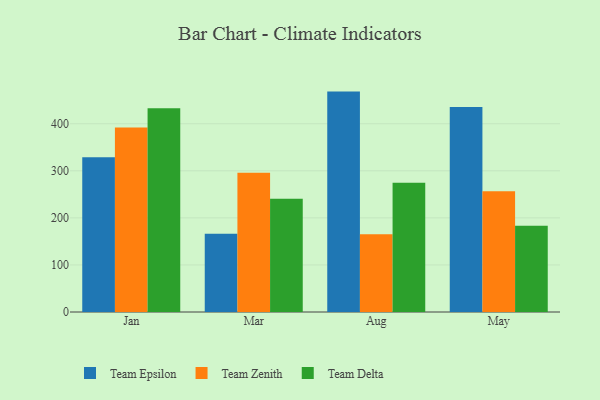
{"axis": {"x": "Month", "y": "Budget (USD K)"}, "legend": ["Team Delta", "Team Epsilon", "Team Zenith"], "data": [{"x": "Jan", "y": 329.0, "type": "Team Epsilon"}, {"x": "Jan", "y": 392.2, "type": "Team Zenith"}, {"x": "Jan", "y": 433.1, "type": "Team Delta"}, {"x": "Mar", "y": 166.3, "type": "Team Epsilon"}, {"x": "Mar", "y": 296.0, "type": "Team Zenith"}, {"x": "Mar", "y": 240.4, "type": "Team Delta"}, {"x": "Aug", "y": 468.3, "type": "Team Epsilon"}, {"x": "Aug", "y": 165.1, "type": "Team Zenith"}, {"x": "Aug", "y": 274.6, "type": "Team Delta"}, {"x": "May", "y": 435.5, "type": "Team Epsilon"}, {"x": "May", "y": 256.7, "type": "Team Zenith"}, {"x": "May", "y": 183.5, "type": "Team Delta"}]}